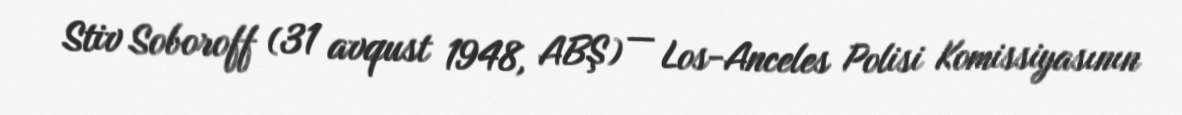
Stiv Soboroff (31 avqust 1948, ABŞ) — Los-Anceles Polisi Komissiyasının